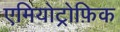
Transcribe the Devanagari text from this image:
एमियोट्रोफ़िक